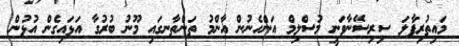
މައިތުރިޕާލަ ސިރިސޭނާވަނީ މުސްލިމް އަންހެނުން އާންމު ތަންތާނގައި މޫނު ބުރުގާ އަޅައިގެން އުޅުން